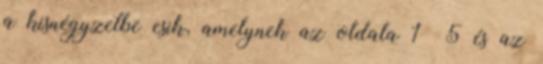
a kisnégyzetbe esik, amelynek az oldala 1 5 és az